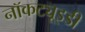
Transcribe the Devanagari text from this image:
नॉकट्यूइडी